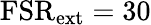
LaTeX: \mathrm{FSR}_{\mathrm{ext}}=30